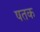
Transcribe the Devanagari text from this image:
षतक